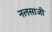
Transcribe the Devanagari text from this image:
नलसाजी